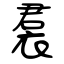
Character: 裠